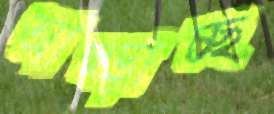
আছ্‌ড়াচ্ছ